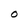
Character: O